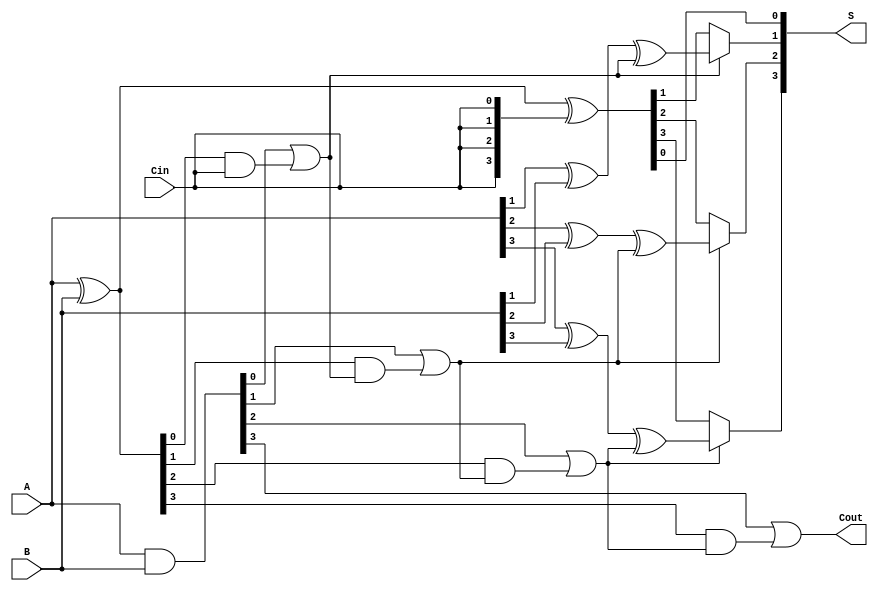
module conditional_sum_adder (
    input [3:0] A,       // 4-bit input A
    input [3:0] B,       // 4-bit input B
    input Cin,           // Carry-in
    output [3:0] S,      // 4-bit sum output
    output Cout          // Carry-out
);
    wire [3:0] G;        // Generate signals
    wire [3:0] P;        // Propagate signals
    wire [3:0] S1;       // Sum without carry-in
    wire [3:0] S2;       // Sum with carry-in
    wire [3:0] C;        // Carry signals

    // Generate and propagate logic
    assign G = A & B;            // G[i] = A[i] AND B[i]
    assign P = A ^ B;            // P[i] = A[i] XOR B[i]

    // Intermediate sum computations
    assign S1 = A ^ B ^ {4{Cin}}; // S1[i] = A[i] XOR B[i] XOR Cin
    assign S2[0] = (A[0] ^ B[0]) ^ Cin; // S2[0] = S1[0] (no carry-in)
    assign S2[1] = (A[1] ^ B[1]) ^ (G[0] | (P[0] & Cin)); // S2[1]
    assign S2[2] = (A[2] ^ B[2]) ^ (G[1] | (P[1] & (G[0] | (P[0] & Cin)))); // S2[2]
    assign S2[3] = (A[3] ^ B[3]) ^ (G[2] | (P[2] & (G[1] | (P[1] & (G[0] | (P[0] & Cin)))))); // S2[3]

    // Carry generation logic
    assign C[0] = G[0] | (P[0] & Cin); // C[0]
    assign C[1] = G[1] | (P[1] & C[0]); // C[1]
    assign C[2] = G[2] | (P[2] & C[1]); // C[2]
    assign C[3] = G[3] | (P[3] & C[2]); // C[3]

    // Final sum output selection
    assign S[0] = S1[0]; // S[0] = S1[0] (no need for carry)
    assign S[1] = C[0] ? S2[1] : S1[1]; // Select S2[1] if C[0] is true
    assign S[2] = C[1] ? S2[2] : S1[2]; // Select S2[2] if C[1] is true
    assign S[3] = C[2] ? S2[3] : S1[3]; // Select S2[3] if C[2] is true

    // Final carry-out
    assign Cout = C[3];

endmodule